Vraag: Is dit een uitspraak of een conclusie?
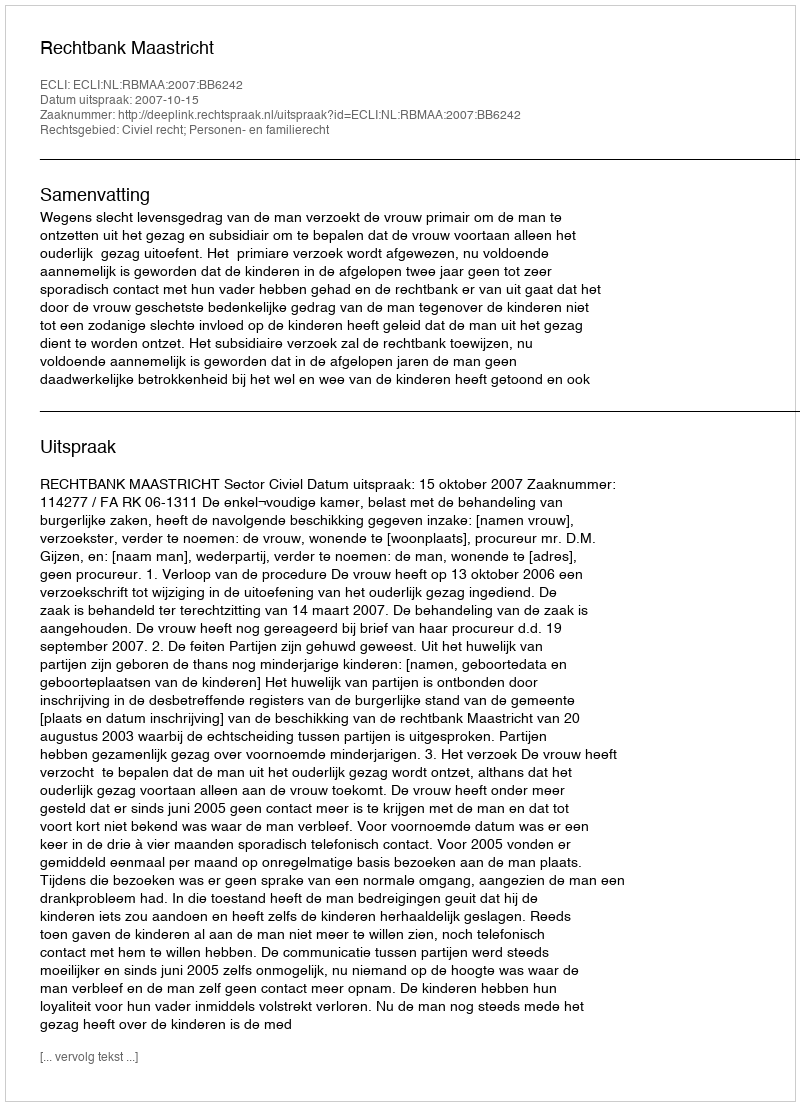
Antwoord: Uitspraak